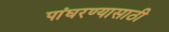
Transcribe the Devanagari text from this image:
पांघरण्यासाठी